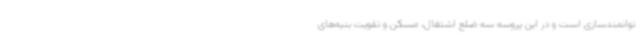
توانمندسازی است و در این پروسه سه ضلع اشتغال، مسکن و تقویت بنیه‌های